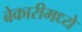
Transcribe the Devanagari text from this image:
बेकारीमध्ये